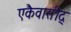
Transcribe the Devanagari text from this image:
एकैवासीद्